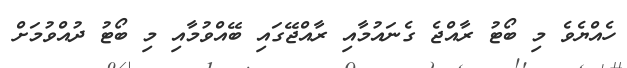
ހެއްޔެވެ މި ބޯޓު ރާއްޖެ ގެނައުމާއި ރާއްޖޭގައި ބޭއްވުމާއި މި ބޯޓު ދުއްވުމަށް